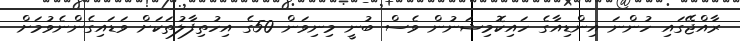
ރާއްޖޭގައި ހުންނަ އިންޑިއާގެ ހައިކޮމިޝަނުން ވެސް ބުނީ މިނިވަން 50ގެ އިހުތިފާލުތަކަށް ވަޑައިގެންނެވުމަށް